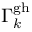
\Gamma _ { k } ^ { \mathrm { g h } }